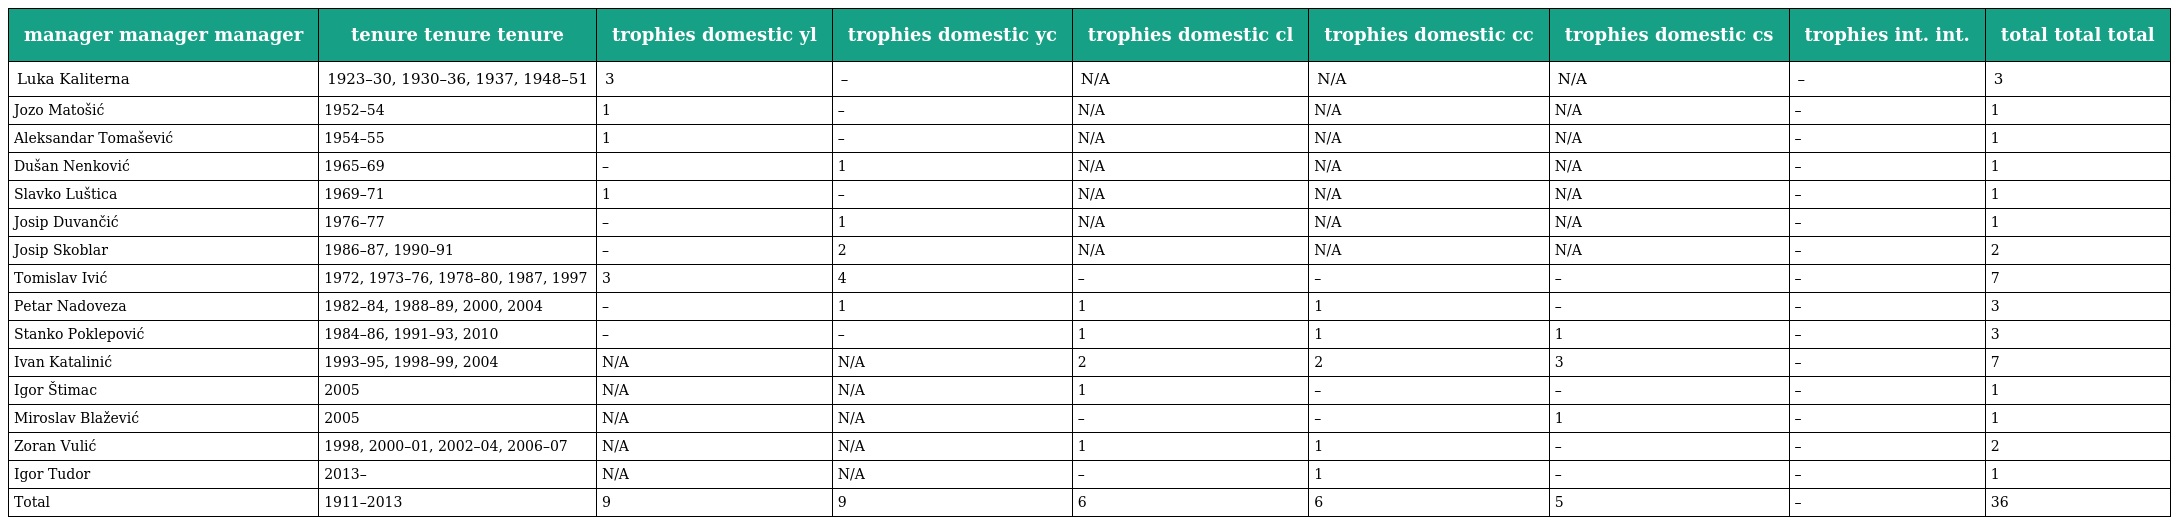
| manager manager manager | tenure tenure tenure | trophies domestic yl | trophies domestic yc | trophies domestic cl | trophies domestic cc | trophies domestic cs | trophies int. int. | total total total |
 | --- | --- | --- | --- | --- | --- | --- | --- | --- |
 | Luka Kaliterna | 1923–30, 1930–36, 1937, 1948–51 | 3 | – | N/A | N/A | N/A | – | 3 |
 | Jozo Matošić | 1952–54 | 1 | – | N/A | N/A | N/A | – | 1 |
 | Aleksandar Tomašević | 1954–55 | 1 | – | N/A | N/A | N/A | – | 1 |
 | Dušan Nenković | 1965–69 | – | 1 | N/A | N/A | N/A | – | 1 |
 | Slavko Luštica | 1969–71 | 1 | – | N/A | N/A | N/A | – | 1 |
 | Josip Duvančić | 1976–77 | – | 1 | N/A | N/A | N/A | – | 1 |
 | Josip Skoblar | 1986–87, 1990–91 | – | 2 | N/A | N/A | N/A | – | 2 |
 | Tomislav Ivić | 1972, 1973–76, 1978–80, 1987, 1997 | 3 | 4 | – | – | – | – | 7 |
 | Petar Nadoveza | 1982–84, 1988–89, 2000, 2004 | – | 1 | 1 | 1 | – | – | 3 |
 | Stanko Poklepović | 1984–86, 1991–93, 2010 | – | – | 1 | 1 | 1 | – | 3 |
 | Ivan Katalinić | 1993–95, 1998–99, 2004 | N/A | N/A | 2 | 2 | 3 | – | 7 |
 | Igor Štimac | 2005 | N/A | N/A | 1 | – | – | – | 1 |
 | Miroslav Blažević | 2005 | N/A | N/A | – | – | 1 | – | 1 |
 | Zoran Vulić | 1998, 2000–01, 2002–04, 2006–07 | N/A | N/A | 1 | 1 | – | – | 2 |
 | Igor Tudor | 2013– | N/A | N/A | – | 1 | – | – | 1 |
 | Total | 1911–2013 | 9 | 9 | 6 | 6 | 5 | – | 36 |